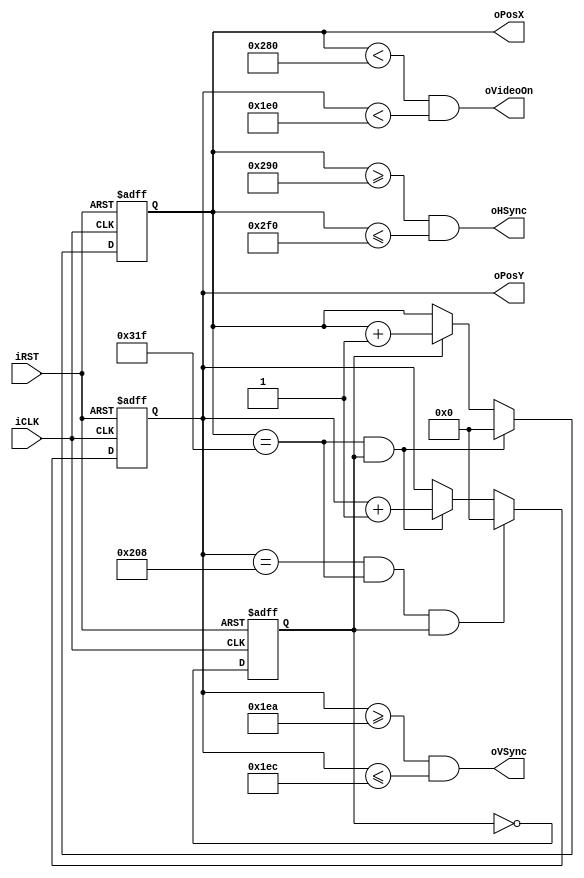
// Seckin Burak Cengiz | Simple VGA-Driver

module vga_driver(
    output wire oHSync,
    output wire oVSync,
    input wire iCLK,
    input wire iRST,
	 output wire [9:0] oPosX,
	 output wire [9:0] oPosY,
	 output wire oVideoOn
    );		
	 
	 localparam LB = 48, //Left buffer
					HD = 640, //Horizontal display
					RB = 16, //Right buffer
					HRT = 96, //Horizontal refresh
					TB = 29, //Top Buffer
					VD = 480, //Vertical Display
					BB = 10, //Bottom buffer
					VRT = 2; //Vertical refresh
					
	 reg [9:0] mVCount, mHCount, mVCountNext, mHCountNext;
	 wire mHTick, mVTick;
	 
	 reg mLowCounter;
	 wire mLowCounterNext;
	 wire mLowClock;
	 
	 always@(posedge iCLK, posedge iRST)
	 begin
		if(iRST) begin
			mLowCounter <= 0;
			mHCount <= 0;
			mVCount <= 0;
		end
		else begin
			mLowCounter <= mLowCounterNext;
			mVCount <= mVCountNext;
			mHCount <= mHCountNext;
		end
	 end
	 
	 assign mLowCounterNext = ~mLowCounter;
	 assign mLowClock = mLowCounter;
	 
	 always@* begin
		mHCountNext = mHCount;
		if(mHTick && mLowClock) begin
			mHCountNext = 0;
		end
		else if(mLowClock) begin
			mHCountNext = mHCount + 1;
		end
	 end
	 
	 always@* begin
		mVCountNext = mVCount;
		if(mVTick && mHTick && mLowClock) begin
		 mVCountNext = 0;
	   end
		else if(mLowClock && mHTick) begin
			mVCountNext = mVCount + 1;
		end
	 end
	 
	 // Outputs
	 assign mHTick = (mHCount == (LB + HD + RB + HRT - 1));
	 assign mVTick = (mVCount == (TB + VD + BB + VRT - 1));
	 	
	 //assign oVideoOn = (mHCount < HD && mVCount < VD);
	 assign oHSync = (mHCount >= (HD + RB)) && (mHCount <= (RB + HD + HRT));
	 assign oVSync = (mVCount >= (VD + BB)) && (mVCount <= (BB + VD + VRT));
	 assign oPosX = mHCount;
	 assign oPosY = mVCount;
	 assign oVideoOn = (mHCount < HD && mVCount < VD);

endmodule